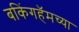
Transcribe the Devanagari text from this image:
बकिंगहॅमच्या